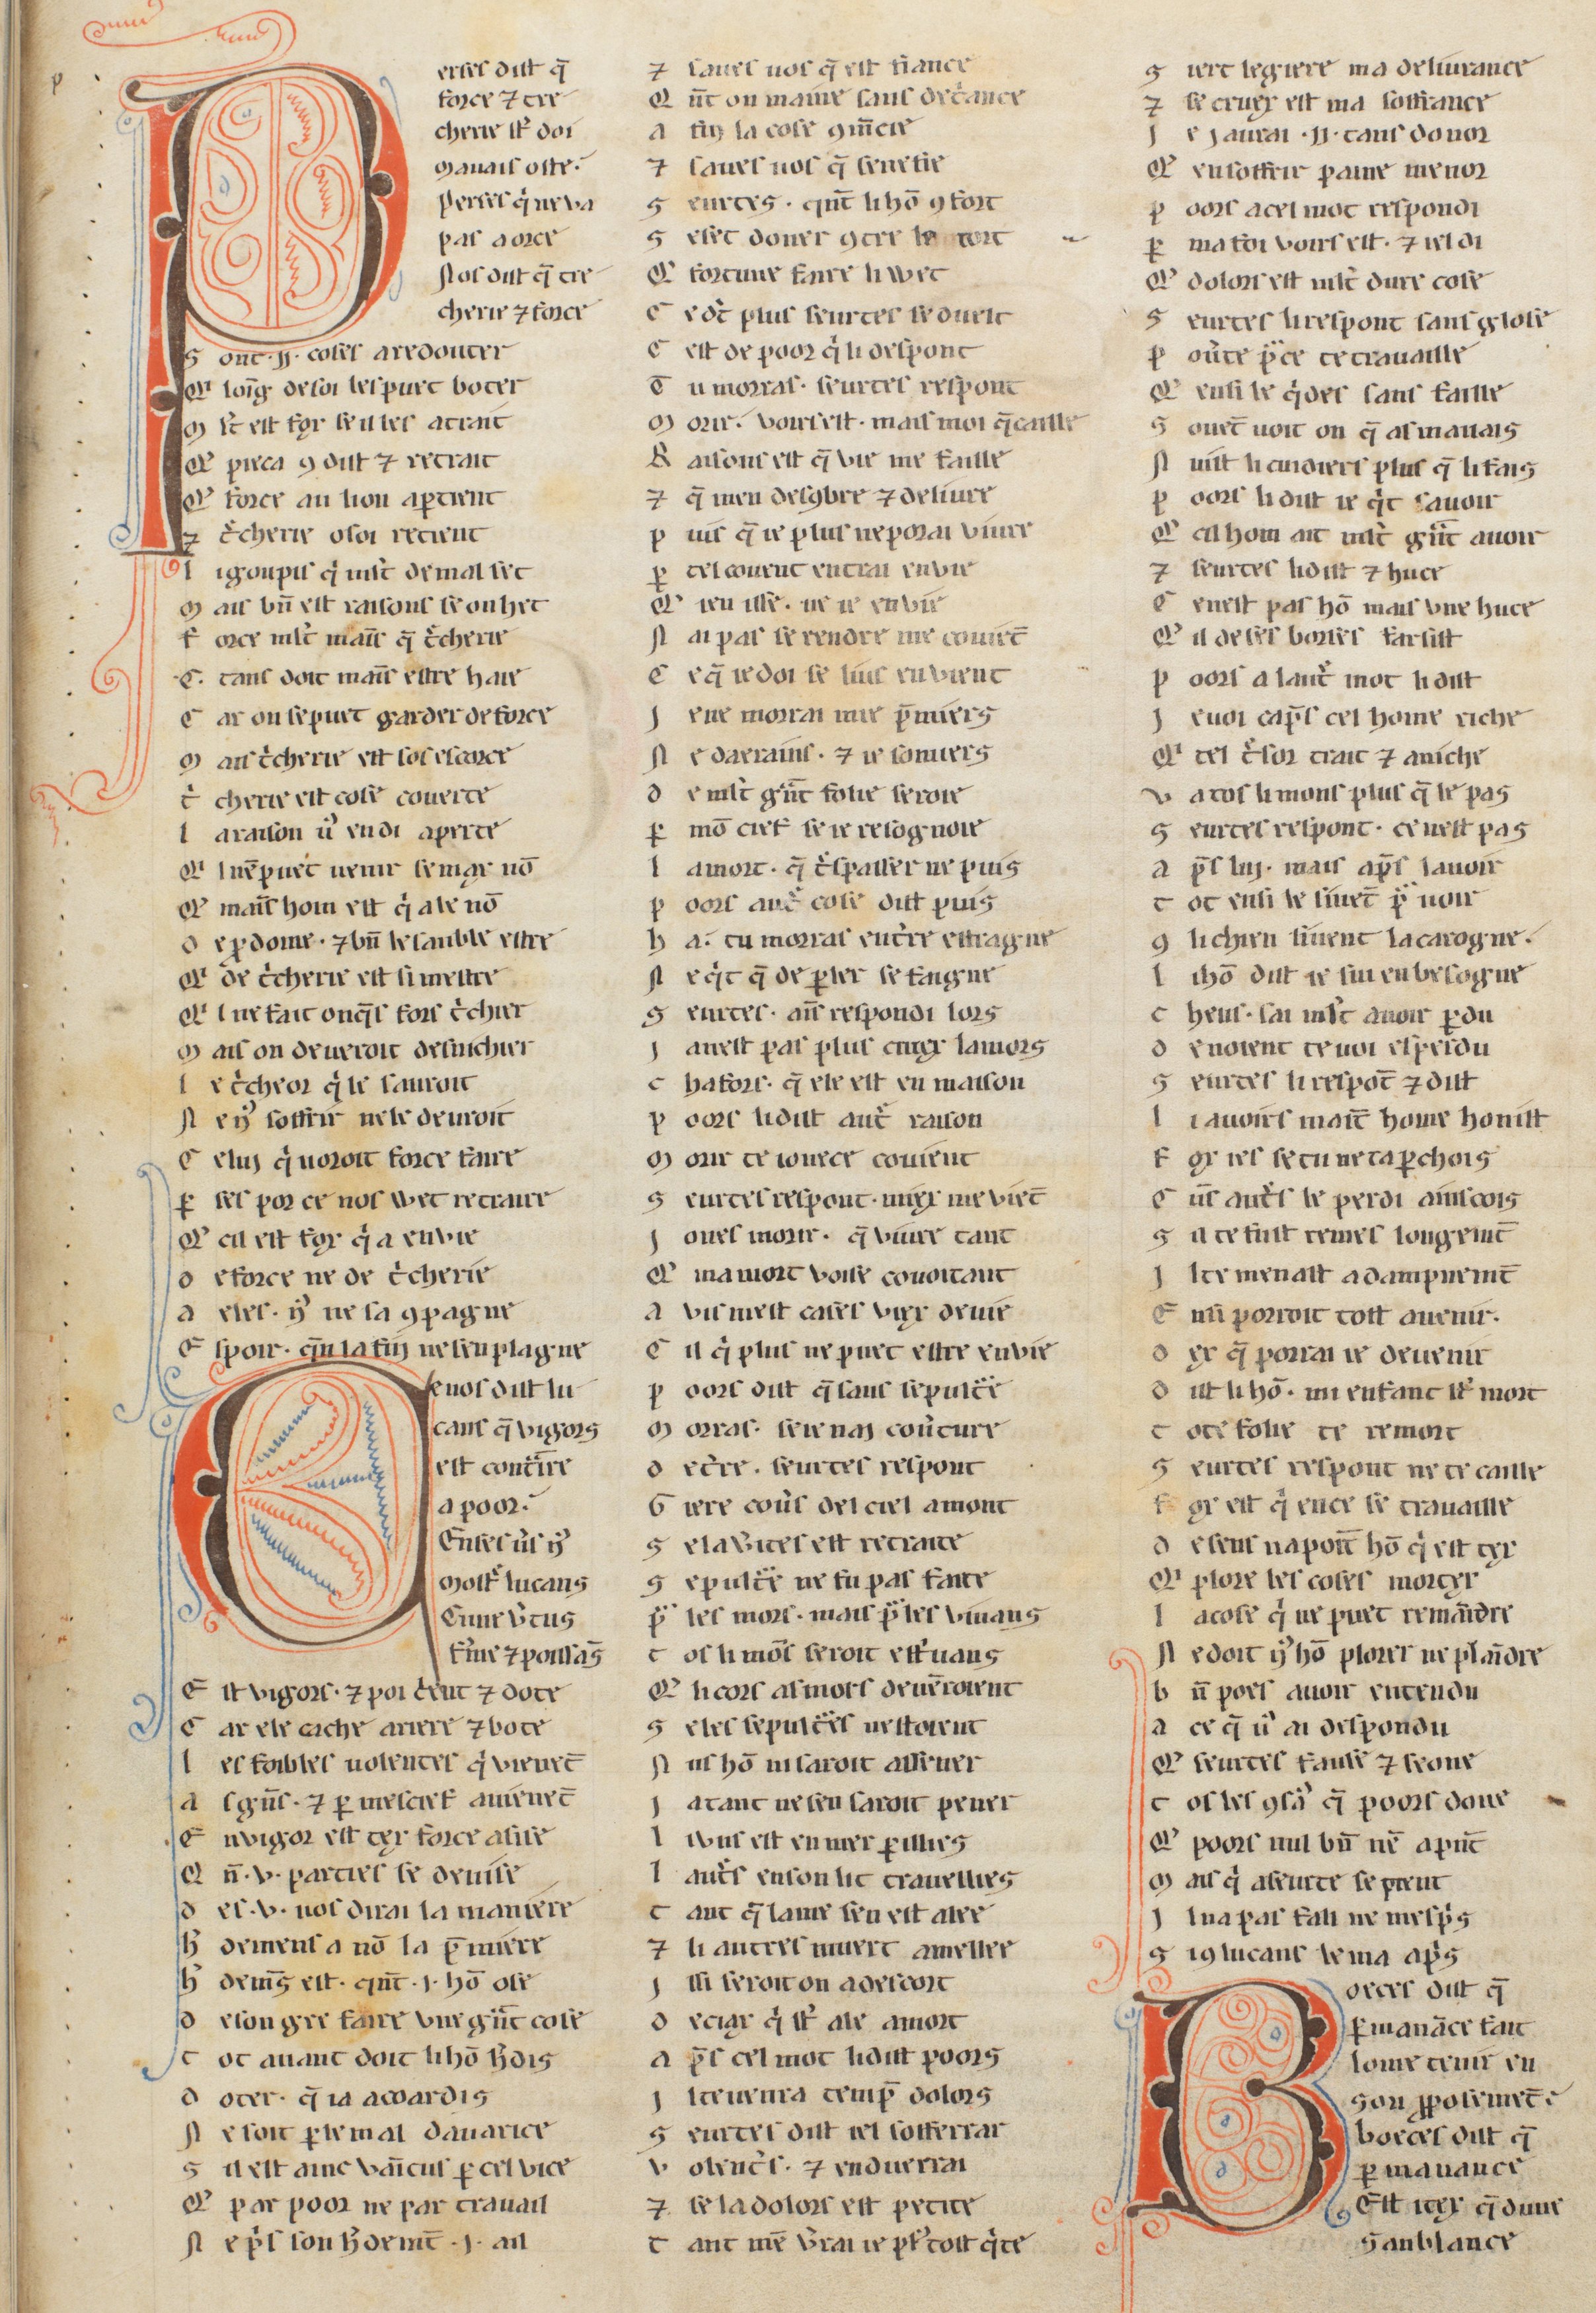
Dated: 1255–1285